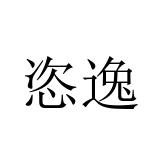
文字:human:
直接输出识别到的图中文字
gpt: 恣逸